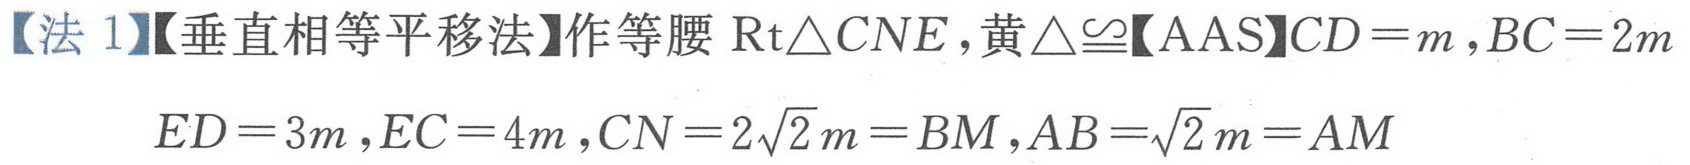
【法 1】【垂直相等平移法】作等腰 \(\text{Rt}\triangle CNE\)，黄\(\triangle\cong\)【AAS】\(CD = m,BC = 2m\)
\[
ED = 3m,EC = 4m,CN = 2\sqrt{2}m=BM,AB=\sqrt{2}m = AM
\]